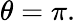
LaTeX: \theta=\pi.